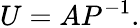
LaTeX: U=AP^{-1}.